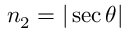
n _ { 2 } = | \sec \theta |